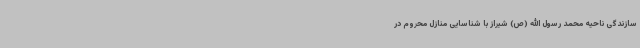
سازندگی ناحیه محمد رسول الله (ص) شیراز با شناسایی منازل محروم در